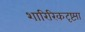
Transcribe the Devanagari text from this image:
शारिरिकदृष्ट्या